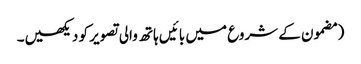
‏ (‏مضمون کے شروع میں بائیں ہاتھ والی تصویر کو دیکھیں۔